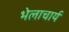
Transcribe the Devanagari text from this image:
भेलाचार्य